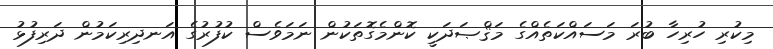
މިކުރި ހުރިހާ ބުރަ މަސައްކަތެއްގެ މަޤްޞަދަކީ ކޮންމެގޮތަކުން ނަމަވެސް ކުފުރުގެ އަނދިރިކަމުން ދަރިފުޅު